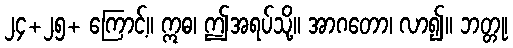
၂၄+၂၅+ ကြောင့်။ ဣဓ၊ ဤအရပ်သို့။ အာဂတော၊ လာ၍။ ဘတ္တု၊